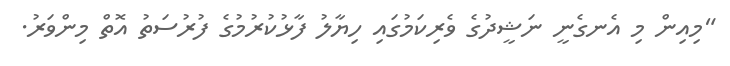
"މިއިން މި އެނގެނީ ނަޝީދުގެ ވެރިކަމުގައި ހިޔާލު ފާޅުކުރުމުގެ ފުރުސަތު އޮތް މިންވަރު.